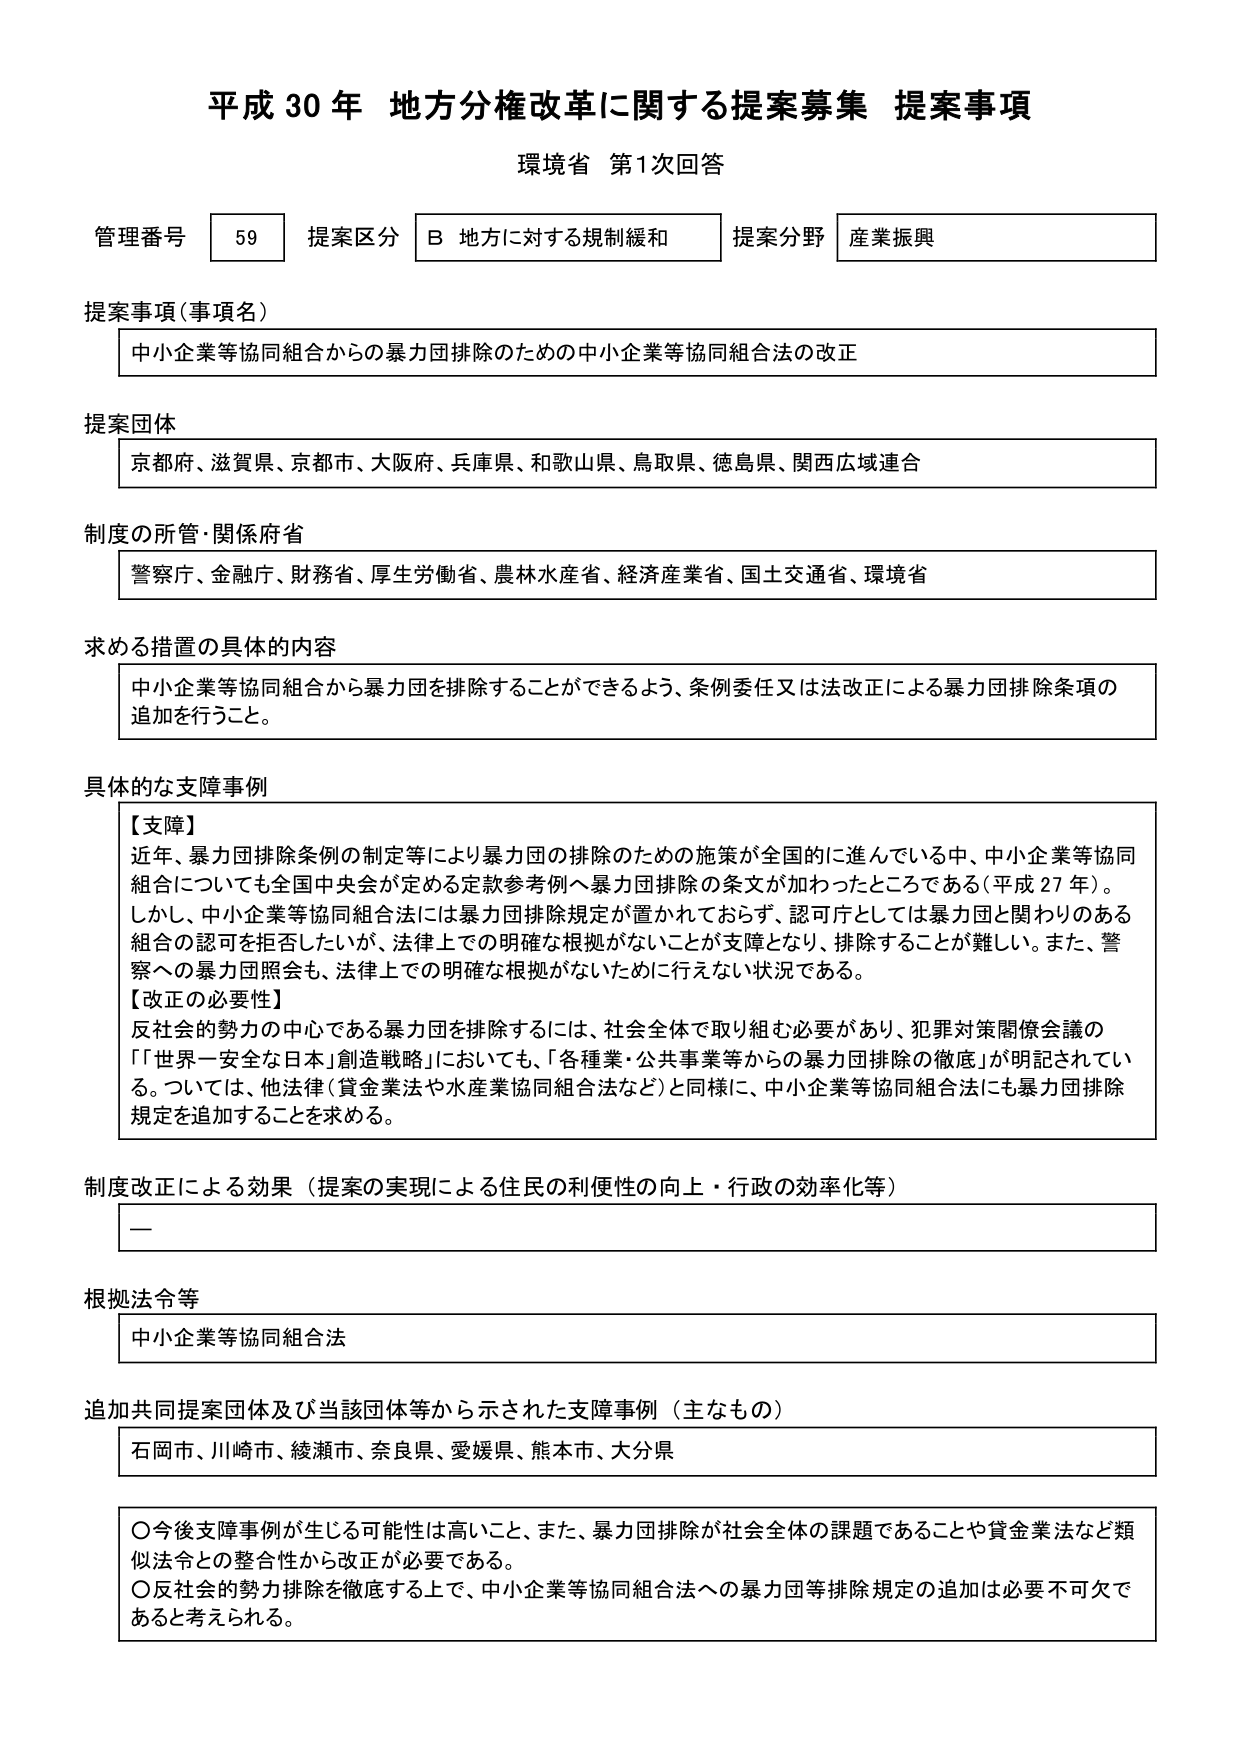
平成30年 地方分権改革に関する提案募集 提案事項
環境省 第1次回答

管理番号 59 提案区分 B 地方に対する規制緩和 提案分野 産業振興

提案事項（事項名）
中小企業等協同組合からの暴力団排除のための中小企業等協同組合法の改正

提案団体
京都府、滋賀県、京都市、大阪府、兵庫県、和歌山県、鳥取県、徳島県、関西広域連合

制度の所管・関係府省
警察庁、金融庁、財務省、厚生労働省、農林水産省、経済産業省、国土交通省、環境省

求める措置の具体的内容
中小企業等協同組合から暴力団を排除することができるよう、条例委任又は法改正による暴力団排除条項の追加を行うこと。

具体的な支障事例
【支障】
近年、暴力団排除条例の制定等により暴力団の排除のための施策が全国的に進んでいる中、中小企業等協同組合についても全国中央会が定める定款参考例へ暴力団排除の条文が加わったところである（平成27年）。
しかし、中小企業等協同組合法には暴力団排除規定が置かれておらず、認可庁としては暴力団と関わりのある組合の認可を拒否したいが、法律上での明確な根拠がないことが支障となり、排除することが難しい。また、警察への暴力団照会も、法律上での明確な根拠がないために行えない状況である。
【改正の必要性】
反社会的勢力の中心である暴力団を排除するには、社会全体で取り組む必要があり、犯罪対策閣僚会議の「世界一安全な日本」創造戦略においても、「各種業・公共事業等からの暴力団排除の徹底」が明記されている。ついては、他法律（貸金業法や水産業協同組合法など）と同様に、中小企業等協同組合法にも暴力団排除規定を追加することを求める。

制度改正による効果（提案の実現による住民の利便性の向上・行政の効率化等）
ー

根拠法令等
中小企業等協同組合法

追加共同提案団体及び当該団体等から示された支障事例（主なもの）
石岡市、川崎市、綾瀬市、奈良県、愛媛県、熊本市、大分県

○今後支障事例が生じる可能性は高いこと、また、暴力団排除が社会全体の課題であることや貸金業法など類似法令との整合性から改正が必要である。
○反社会的勢力排除を徹底する上で、中小企業等協同組合法への暴力団等排除規定の追加は必要不可欠であると考えられる。